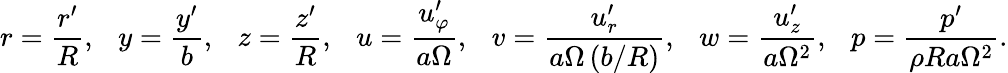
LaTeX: r=\frac{r^{\prime}}{R},\ \ \ y=\frac{y^{\prime}}{b},\ \ \ z=\frac{z^{\prime}}{R},\ \ \ u=\frac{u_{\varphi}^{\prime}}{a\Omega},\ \ \ v=\frac{u_{r}^{\prime}}{a\Omega\left(b/R\right)},\ \ \ w=\frac{u_{z}^{\prime}}{a\Omega^{2}},\ \ \ p=\frac{p^{\prime}}{\rho Ra\Omega^{2}}.